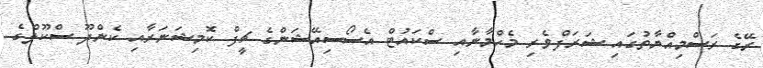
ރޭގެ ރަސްމިއްޔާތުގައި ޝަރަފްވެރި މެހްމާނާއި ސްކައުޓް އެސޯސިއޭޝަންގެ ޗީފް ކޮމިޝަނަރާއި ކެންދޫ ސްކޫލްގެ